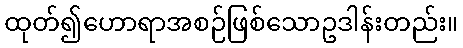
ထုတ်၍ဟောရာအစဉ်ဖြစ်သောဥဒါန်းတည်း။